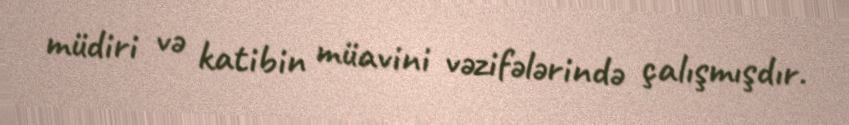
müdiri və katibin müavini vəzifələrində çalışmışdır.